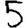
Digit: 5